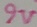
Text: 9V